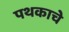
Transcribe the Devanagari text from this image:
पथकाचेे